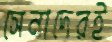
সেনাদেরই